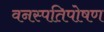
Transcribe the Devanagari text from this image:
वनस्पतिपोषण